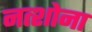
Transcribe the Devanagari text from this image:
नत्शोना